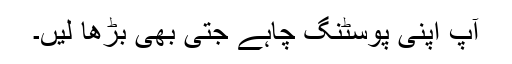
آپ اپنی پوسٹنگ چاہے جتی بھی بڑھا لیں۔